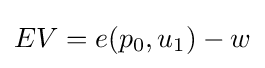
EV=e(p_{0},u_{1})-w